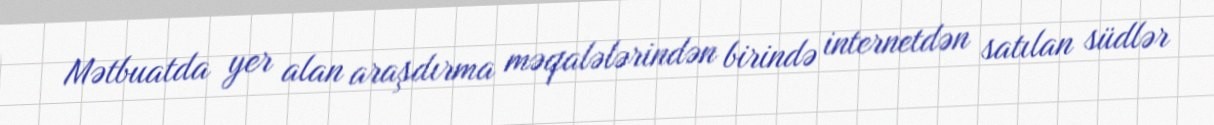
Mətbuatda yer alan araşdırma məqalələrindən birində internetdən satılan südlər